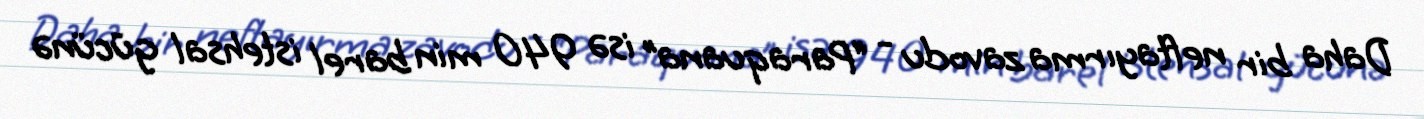
Daha bir neftayırma zavodu - “Paraquana” isə 940 min barel istehsal gücünə